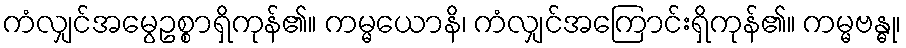
ကံလျှင်အမွေဥစ္စာရှိကုန်၏။ ကမ္မယောနိ၊ ကံလျှင်အကြောင်းရှိကုန်၏။ ကမ္မဗန္ဓု၊